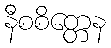
နီစစိတ္တေန